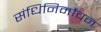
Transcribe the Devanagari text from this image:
संधिनिर्मोंचन